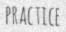
PRACTICE